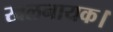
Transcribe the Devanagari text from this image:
खलनायक।